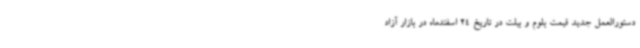
دستورالعمل جدید قیمت بلوم و بیلت در تاریخ 24 اسفندماه در بازار آزاد